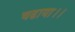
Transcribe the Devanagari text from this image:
चढाया।।